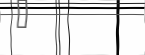
٦